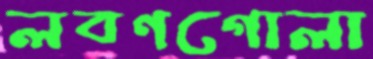
লবণগোলা